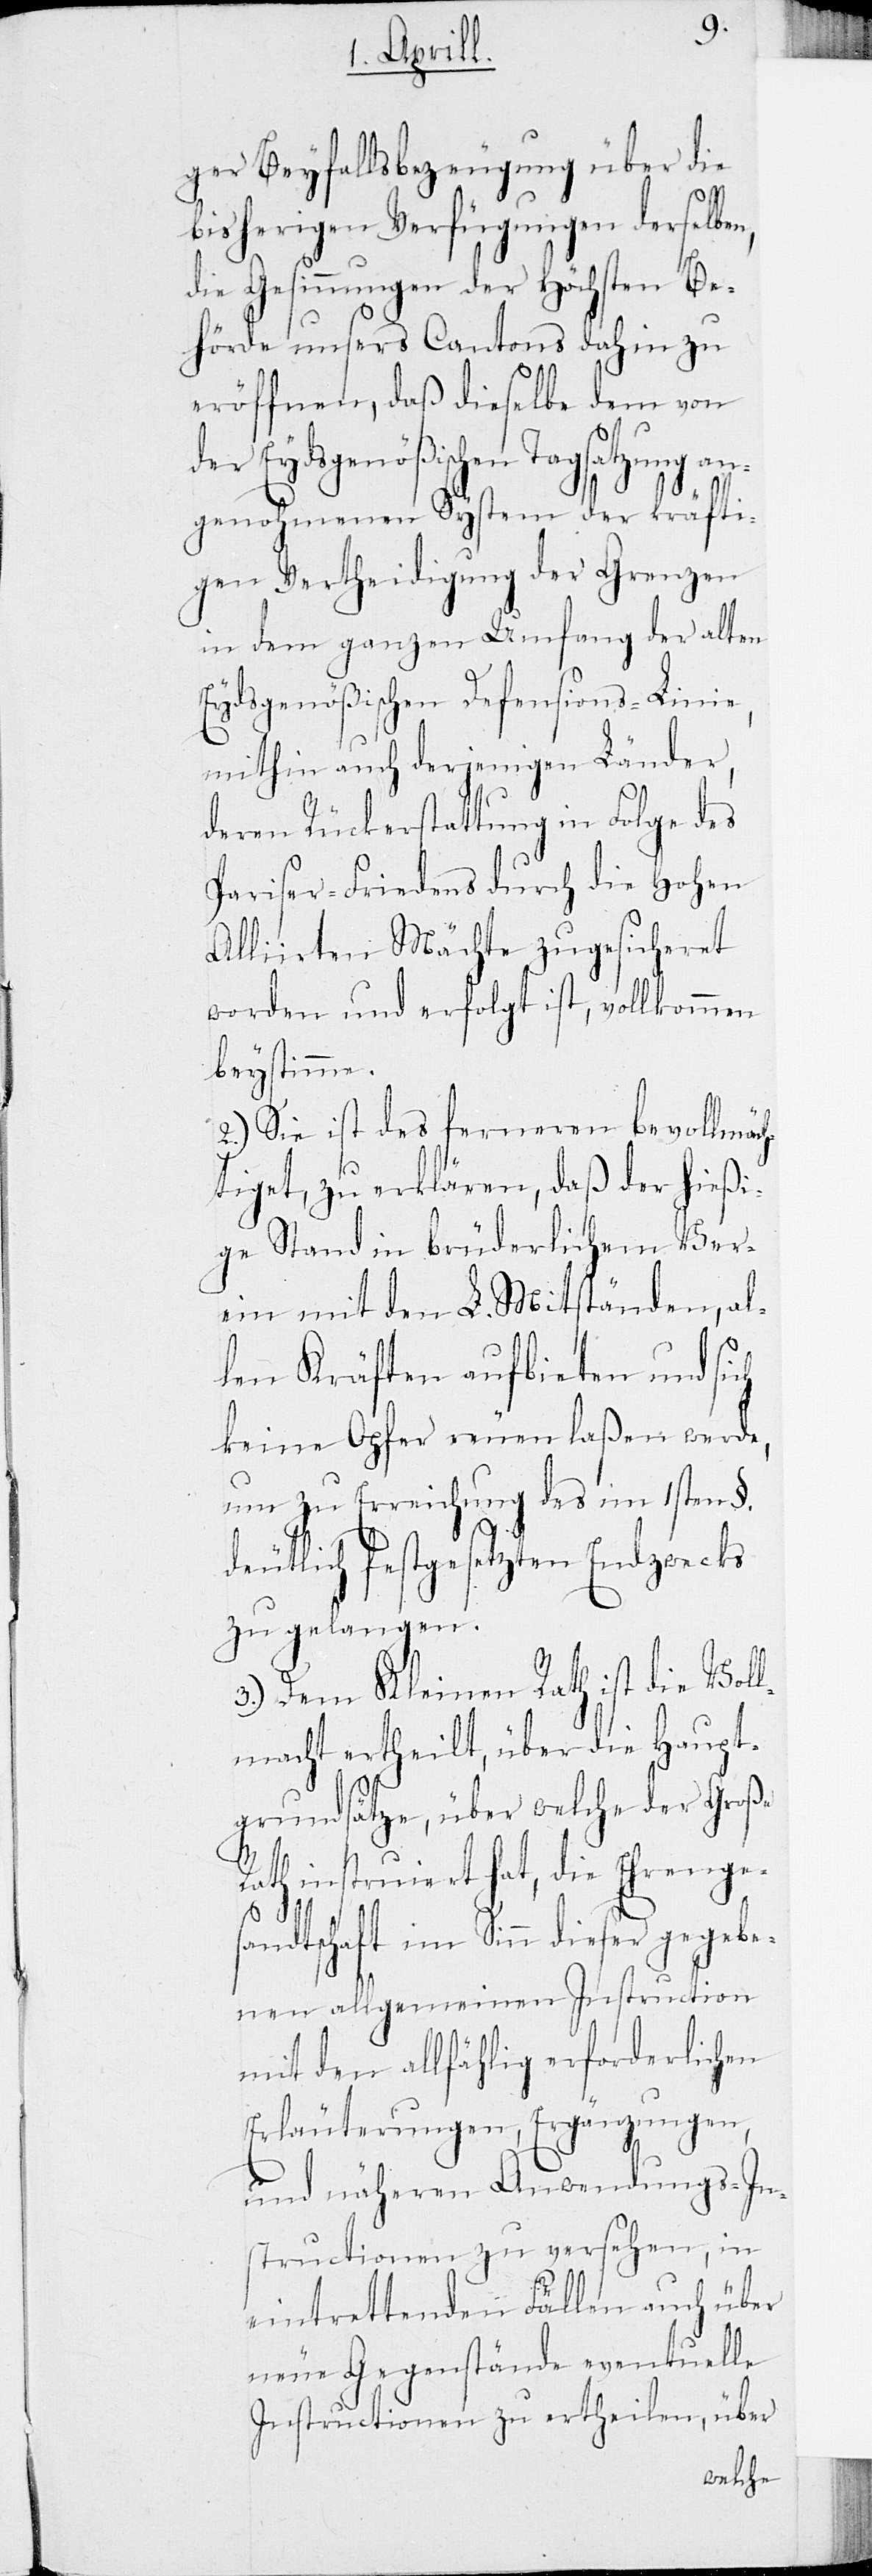
ger Beyfallsbezeugung über die
bisherigen Verfügungen derselbe¬
die Gesinnungen der Höchsten Be¬
hörde unseres Cantons dahin zu
eröffnen, daß dieselbe dem von
der Eydsgenößischen Tagsatzung an¬
genohmenen System der kräfti¬
gen Vertheidigung der Grenzen
in dem ganzen Umfang der alten
Eydsgenößischen Defensions-Linie,
mithin auch derjenigen Länder,
deren Rückerstattung in Folge des
Pariser-Friedens durch die Hohen
Alliierten Mächte zugesicheret
worden, und erfolgt ist, vollkommen
beystimme.
2.) Sie ist des ferneren bevollmäc¬
htiget, zu erklären, daß der hießi¬
ge Stand in brüderlichem Ver¬
ein mit den L. Mitständen, al¬
len Kräften aufbieten und sich
keine Opfer reuen laßen werde,
um zu Errichtung des im 1sten §.
deutlich festgesetzten Endzwecks
zu gelangen.
3.) Dem Kleinen Rath ist die Vol¬
lmacht ertheilt, über die Haupt¬
grundsätze, über welche der Große
Rath instruiert hat, die Ehrenges¬
n,
andtschaft im Sinn dieser gegebe¬
nen allgemeinen Instruction
mit den allfählig erforderlichen
Erläuterungen, Ergänzungen,
und näheren Anwendungs-In¬
structionen zu versehen, in
eintrettenden Fällen auch über
neue Gegenstände eventuelle
Instructionen zu ertheilen, über